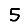
Digit: 5